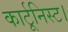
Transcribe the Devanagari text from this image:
कार्टूनिस्ट।